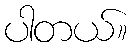
ပါတယ်။